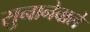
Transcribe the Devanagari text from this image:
सुनानेवाले